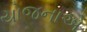
યોજનાએ